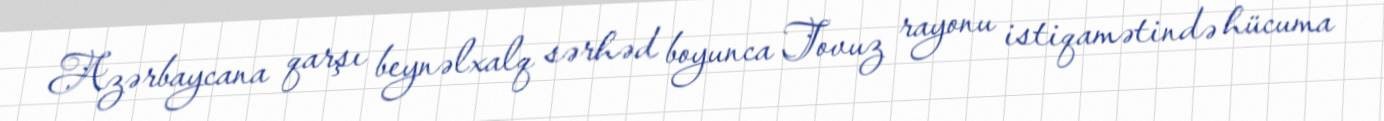
Azərbaycana qarşı beynəlxalq sərhəd boyunca Tovuz rayonu istiqamətində hücuma